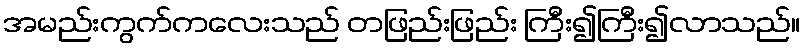
အမည်းကွက်ကလေးသည် တဖြည်းဖြည်း ကြီး၍ကြီး၍လာသည်။